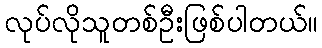
လုပ်လိုသူတစ်ဦးဖြစ်ပါတယ်။